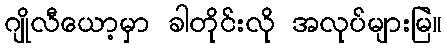
ဂျိုလီယော့မှာ ခါတိုင်းလို အလုပ်များမြဲ။